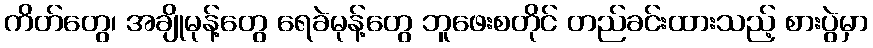
ကိတ်တွေ၊ အချိုမုန့်တွေ ရေခဲမုန့်တွေ ဘူဖေးစတိုင် တည်ခင်းထားသည့် စားပွဲမှာ